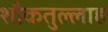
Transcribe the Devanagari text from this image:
शौकतुल्लाह